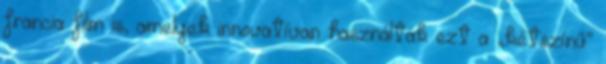
francia film is, amelyek innovatívan használták ezt a „kétszínű”